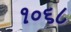
૧૦૬૮